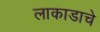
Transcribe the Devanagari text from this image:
लाकाडाचे